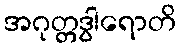
အဂုတ္တဒွါရောတိ